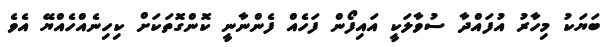
ބަޔަކު މިހާރު އުފައްދާ ސުވާލަކީ އައިފޯން ފަހެއް ފެންނާނީ ކޮންގޮތަކަށް ކިހިނެއްހެއްޔޭ އެވެ